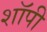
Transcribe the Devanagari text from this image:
शाॅपी